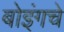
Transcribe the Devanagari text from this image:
बोइंगचे